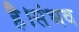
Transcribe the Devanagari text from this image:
है।संभव